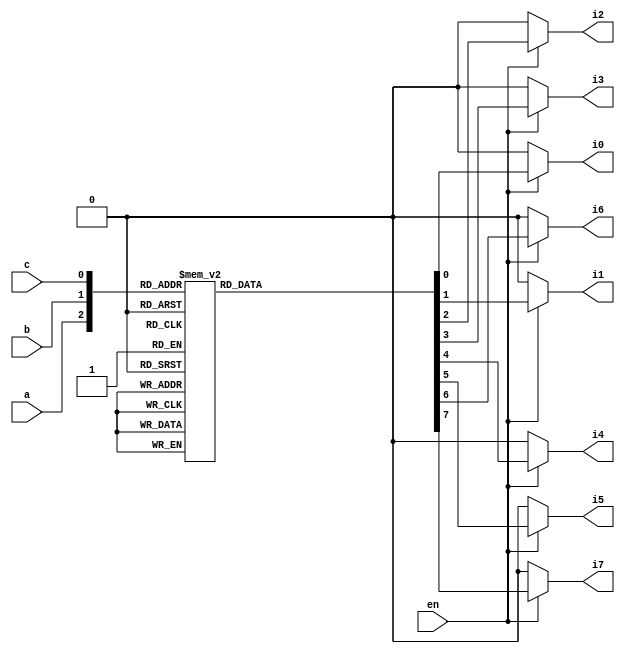
`timescale 1ns / 1ps
//////////////////////////////////////////////////////////////////////////////////
// Company: 
// Engineer: 
// 
// Design Name: 
// Module Name:    DEC4_16U3_8 
// Project Name: 
// Target Devices: 
// Tool versions: 
// Description: 
//
// Dependencies: 
//
// Revision: 
// Revision 0.01 - File Created
// Additional Comments: 
//
//////////////////////////////////////////////////////////////////////////////////
module dec3_8(en,a,b,c,i0,i1,i2,i3,i4,i5,i6,i7);
	 input a,b,c,en; 
	 output reg i7,i6,i5,i4,i3,i2,i1,i0;
	 always@(*)
	 begin
		if(en)
			begin
				case({a,b,c})
					3'b000 : {i7,i6,i5,i4,i3,i2,i1,i0} = 8'b00000001;
					3'b001 : {i7,i6,i5,i4,i3,i2,i1,i0} = 8'b00000010;
					3'b010 : {i7,i6,i5,i4,i3,i2,i1,i0} = 8'b00000100;
					3'b011 : {i7,i6,i5,i4,i3,i2,i1,i0} = 8'b00001000;
					3'b100 : {i7,i6,i5,i4,i3,i2,i1,i0} = 8'b00010000;
					3'b101 : {i7,i6,i5,i4,i3,i2,i1,i0} = 8'b00100000;
					3'b110 : {i7,i6,i5,i4,i3,i2,i1,i0} = 8'b01000000;
					3'b111 : {i7,i6,i5,i4,i3,i2,i1,i0} = 8'b10000000;
					default {i7,i6,i5,i4,i3,i2,i1,i0} = 8'b00000000;
					endcase
		  	end 
		 else {i7,i6,i5,i4,i3,i2,i1,i0} = 8'b00000000;
	 end
	 
endmodule

module DEC4_16U3_8(a,b,c,d,i0,i1,i2,i3,i4,i5,i6,i7,i8,i9,i10,i11,i12,i13,i14,i15);
	input a,b,c,d;
	output i0,i1,i2,i3,i4,i5,i6,i7,i8,i9,i10,i11,i12,i13,i14,i15;
	
	dec3_8 d1(~a,b,c,d,i0,i1,i2,i3,i4,i5,i6,i7);
	dec3_8 d2(a,b,c,d,i8,i9,i10,i11,i12,i13,i14,i15);

endmodule